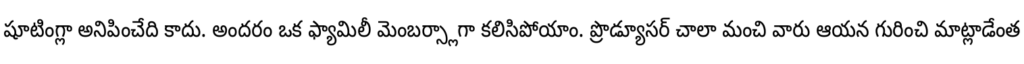
షూటింగ్లా అనిపించేది కాదు. అందరం ఒక ఫ్యామిలీ మెంబర్స్లాగా కలిసిపోయాం. ప్రొడ్యూసర్ చాలా మంచి వారు ఆయన గురించి మాట్లాడేంత